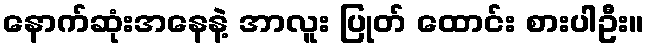
နောက်ဆုံးအနေနဲ့ အာလူး ပြုတ် ထောင်း စားပါဦး။